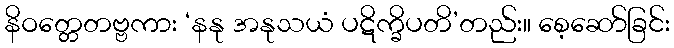
နိဝတ္တေတဗ္ဗကား ‘နနု အနုသယံ ပဋိက္ခိပတိ’တည်း။ စေ့ဆော်ခြင်း